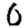
Digit: 0